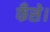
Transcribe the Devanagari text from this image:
फँसे।